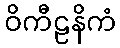
ဝိကီဠနိကံ